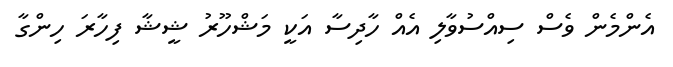
އެންމެން ވެސް ސިއްސުވާލި އެއް ހާދިސާ އަކީ މަޝްހޫރު ޝީޝާ ފިހާރަ ހިންގާ